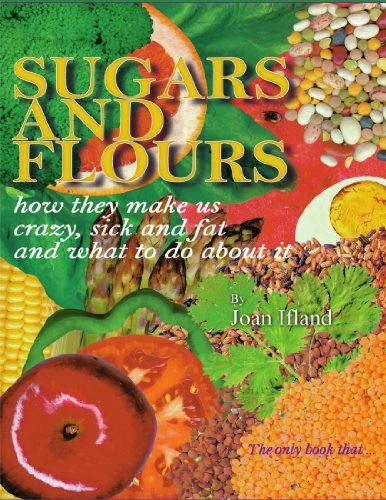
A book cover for Sugars and Flours: How They Make us Crazy, Sick and Fat, and What to do About It; Joan Ifland; Health, Fitness & Dieting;